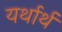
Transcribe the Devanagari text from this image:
यर्थार्थ